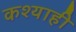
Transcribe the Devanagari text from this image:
कश्याही